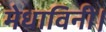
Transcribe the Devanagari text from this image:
मेधाविनी।